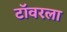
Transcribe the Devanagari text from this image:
टॉवरला